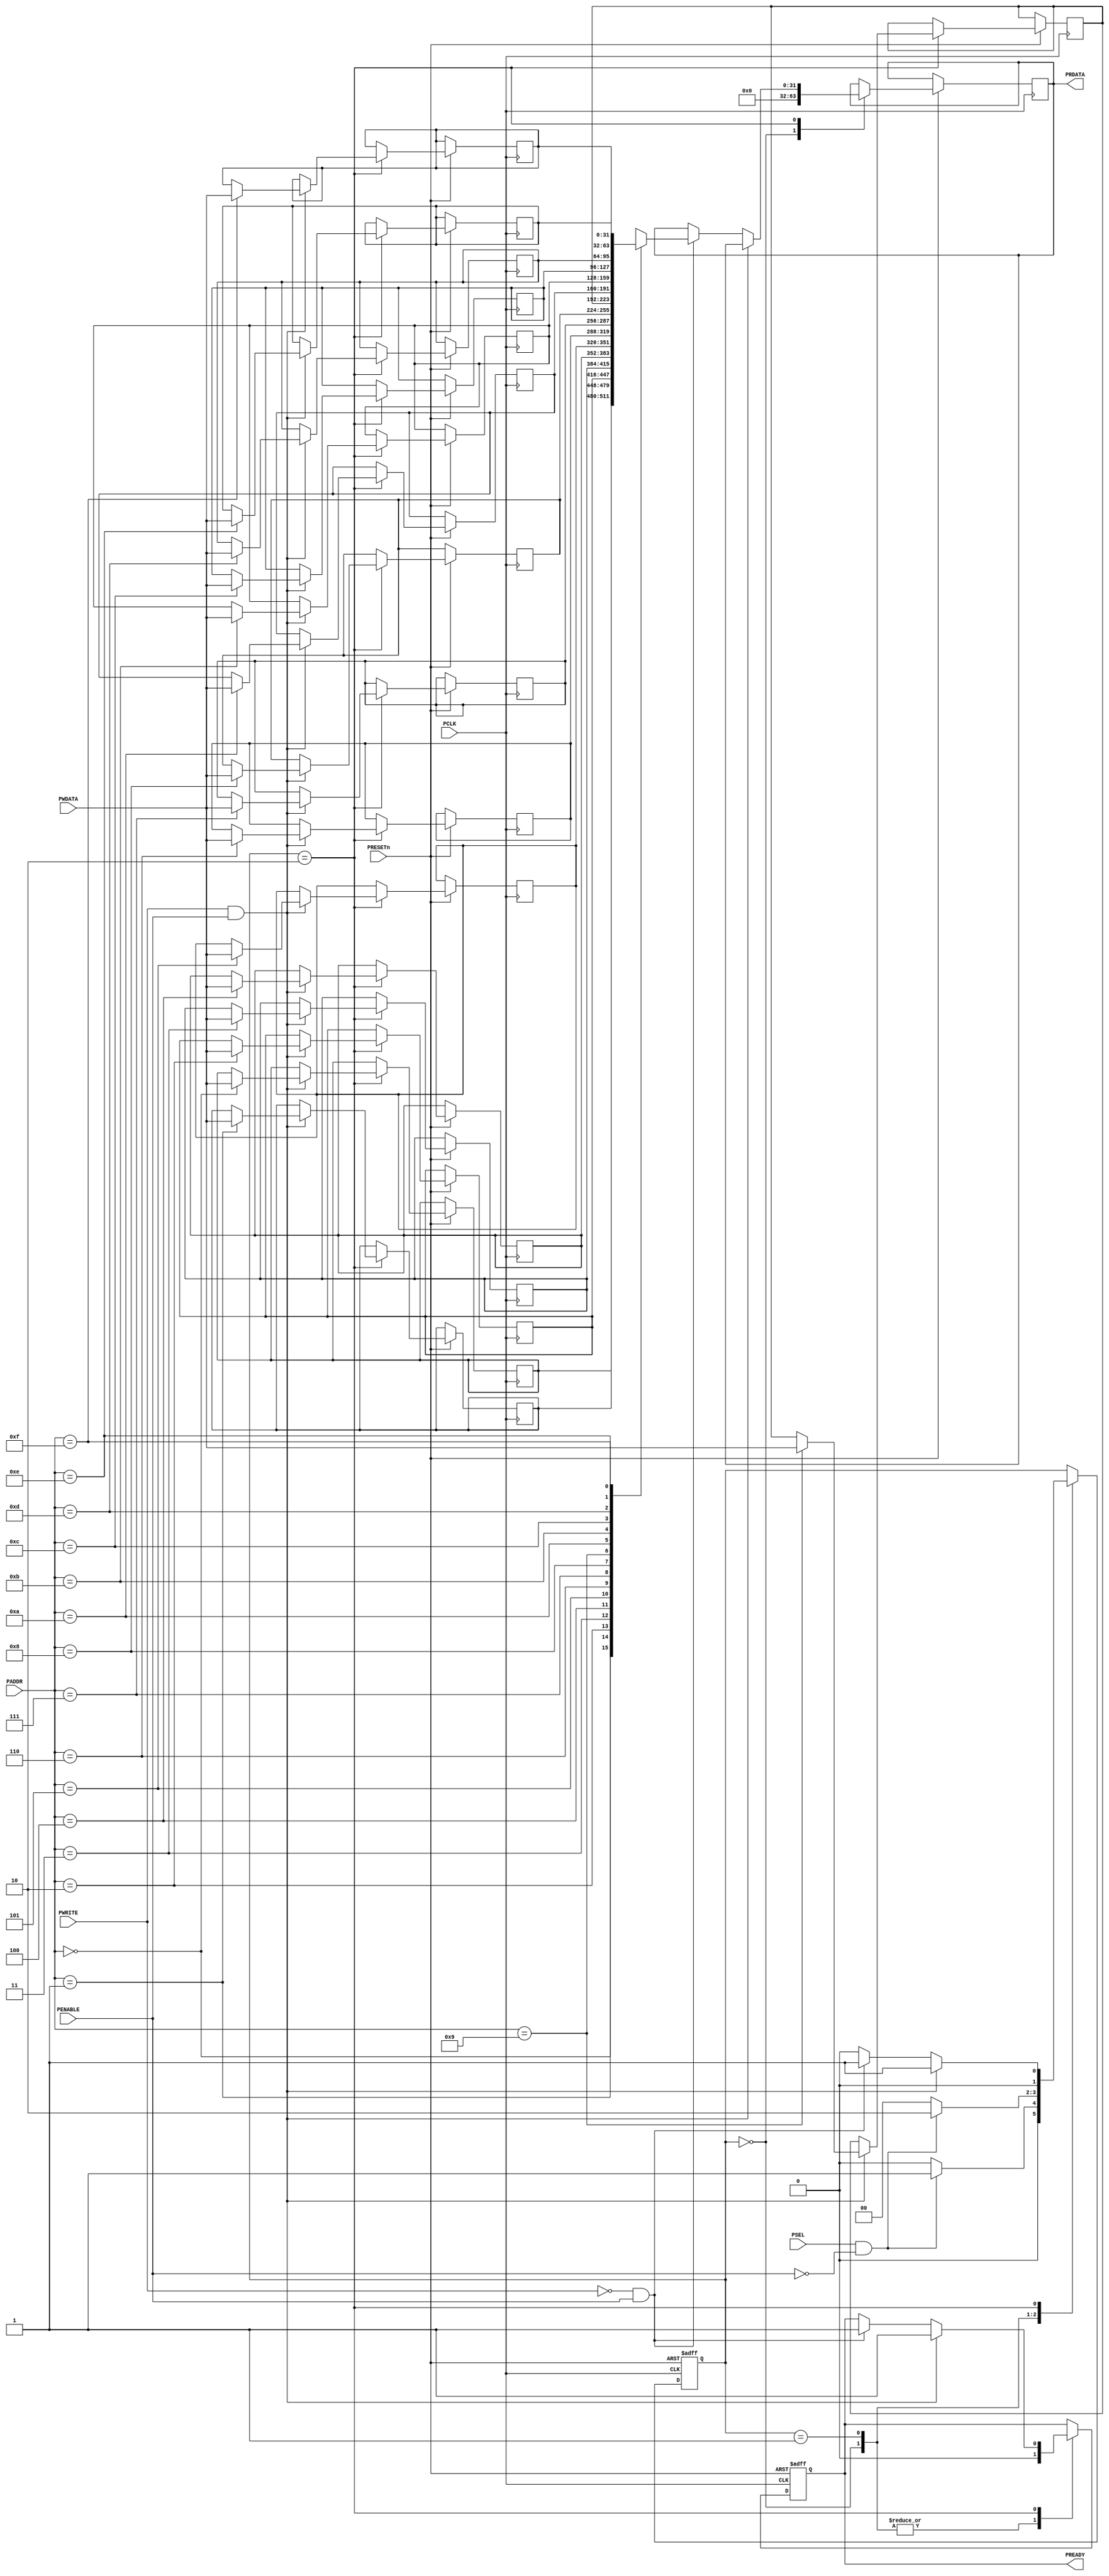
`timescale 1ns/1ps
`define DATAWIDTH 32
`define ADDRWIDTH 4
`define IDLE     2'b00
`define SETUP  2'b01
`define ENABLE  2'b10
module APB_Slave
(
  input                         PCLK,
  input                         PRESETn,
  input        [`ADDRWIDTH-1:0] PADDR,
  input                         PWRITE,
  input                         PSEL,
  input                         PENABLE,
  input        [`DATAWIDTH-1:0] PWDATA,
  output reg   [`DATAWIDTH-1:0] PRDATA,
  output reg                    PREADY
);

reg [`DATAWIDTH-1:0] RAM[0:2**`ADDRWIDTH -1];
integer i;
reg [1:0] State;

always @(negedge PRESETn or negedge PCLK) begin
    if (!PRESETn) begin
        State <= `IDLE;
        PREADY <=0;
    end
    else begin
        case(State) 
        `IDLE : begin
         PREADY <= 0;
         PRDATA <= 0;
            if (PSEL&&!PENABLE)begin
                State <= `SETUP;
            end
            else begin
                State <= `IDLE;
            end
        end

        `SETUP : begin
         PREADY <= 0;
            if (PSEL&&!PENABLE) begin
               
                State <= `ENABLE;        
            end 
            else begin 
                State <= `IDLE; 
            end
        end

        `ENABLE : begin
            if(PWRITE&&PENABLE) begin
                PREADY <= 1;
                RAM[PADDR] <= PWDATA;
                State <= `SETUP;
            end
            else if(!PWRITE&&PENABLE) begin
                PREADY <=1;
                PRDATA <= RAM[PADDR];
                State <= `SETUP;
            end        
            else begin
                State <= `IDLE;
            end
        end
        endcase
    end

end
endmodule